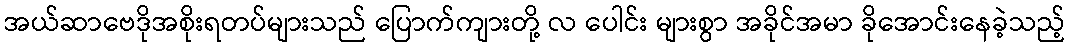
အယ်ဆာဗေဒိုအစိုးရတပ်များသည် ပြောက်ကျားတို့ လ ပေါင်း များစွာ အခိုင်အမာ ခိုအောင်းနေခဲ့သည့်